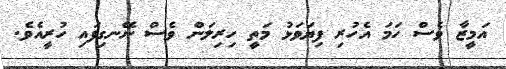
އަމީޒާ ވެސް ހަމަ އެހުރި ފިޔަވަޅު މަތީ ހިރިލަން ވެސް ނޭނގިފައި ހުރީއެވެ.